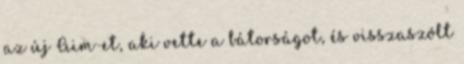
az új Aim-et, aki vette a bátorságot, és visszaszólt